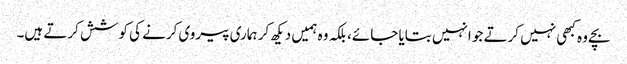
بچے وہ کبھی نہیں کرتے جو انہیں بتایا جائے، بلکہ وہ ہمیں دیکھ کر ہماری پیروی کرنے کی کوشش کرتے ہیں۔